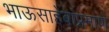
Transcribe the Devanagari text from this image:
भाऊसाहेबांप्रमाणे